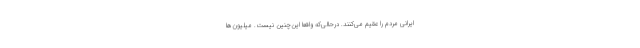
ایرانی مردم را عقیم می‌کنند. درحالی‌که واقعا این‌چنین نیست. میلیون‌ها